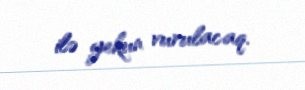
ilə yekun vurulacaq.